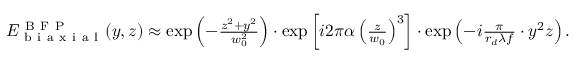
\begin{array} { r } { E _ { \mathrm { ~ b ~ i ~ a ~ x ~ i ~ a ~ l ~ } } ^ { \mathrm { ~ B ~ F ~ P ~ } } ( y , z ) \approx \exp \left( - \frac { z ^ { 2 } + y ^ { 2 } } { w _ { 0 } ^ { 2 } } \right) \cdot \exp \left[ i 2 \pi \alpha \left( \frac { z } { w _ { 0 } } \right) ^ { 3 } \right] \cdot \exp \left( - i \frac { \pi } { r _ { d } \lambda f } \cdot y ^ { 2 } z \right) . } \end{array}